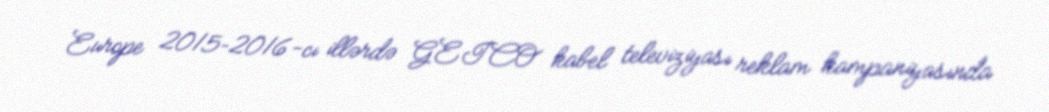
Europe 2015–2016-cı illərdə GEICO kabel televiziyası reklam kampaniyasında